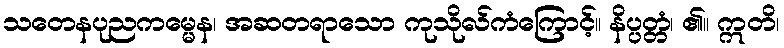
သတေနပုညကမ္မေန၊ အဆတရာသော ကုသိုလ်ကံကြောင့်။ နိပ္ပတ္တံ၊ ၏။ ဣတိ၊